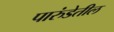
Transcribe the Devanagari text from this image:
पारुंडेतील